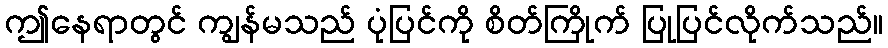
ဤနေရာတွင် ကျွန်မသည် ပုံပြင်ကို စိတ်ကြိုက် ပြုပြင်လိုက်သည်။